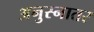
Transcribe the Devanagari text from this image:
अनुस्नातर